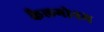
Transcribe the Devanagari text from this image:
कैलगोनम